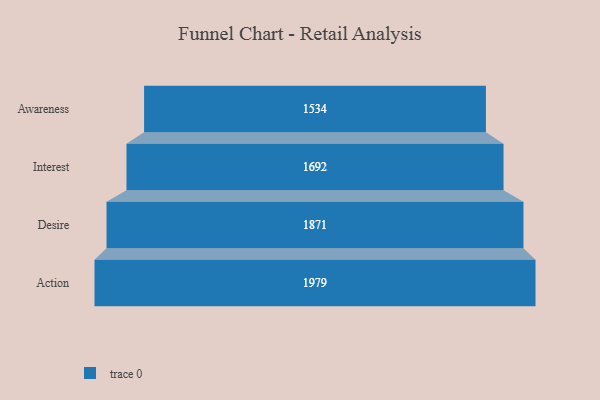
{"axis": {"x": "Stage", "y": "Value"}, "legend": [""], "data": [{"x": "Awareness", "y": 1534.0, "type": ""}, {"x": "Interest", "y": 1692.0, "type": ""}, {"x": "Desire", "y": 1871.0, "type": ""}, {"x": "Action", "y": 1979.0, "type": ""}]}